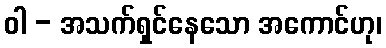
ဝါ - အသက်ရှင်နေသော အကောင်ဟု၊